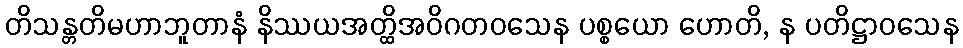
တိသန္တတိမဟာဘူတာနံ နိဿယအတ္ထိအဝိဂတဝသေန ပစ္စယော ဟောတိ, န ပတိဋ္ဌာဝသေန